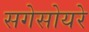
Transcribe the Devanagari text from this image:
सगेसोयरे